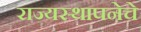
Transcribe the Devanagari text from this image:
राज्यस्थापनेचे